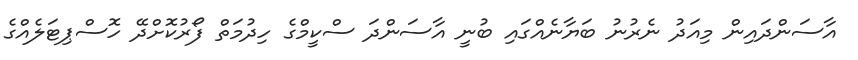
އާސަންދައިން މިއަދު ނެރުނު ބަޔާނެއްގައި ބުނީ އާސަންދަ ސްކީމްގެ ހިދުމަތް ފޯރުކޮށްދޭ ހޮސްޕިޓަލެއްގެ